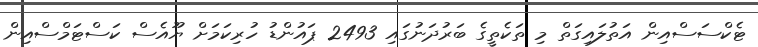
ޓެކްސަސްއިން އަތުލައިގަތް މި ތަކެތީގެ ބަރުދަނުގައި 2493 ޕައުންޑު ހުރިކަމަށް ޔޫއެސް ކަސްޓަމްސްއިން